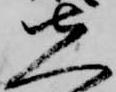
先